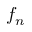
f _ { n }